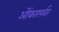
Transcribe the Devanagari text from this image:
ओंकारपर्वत